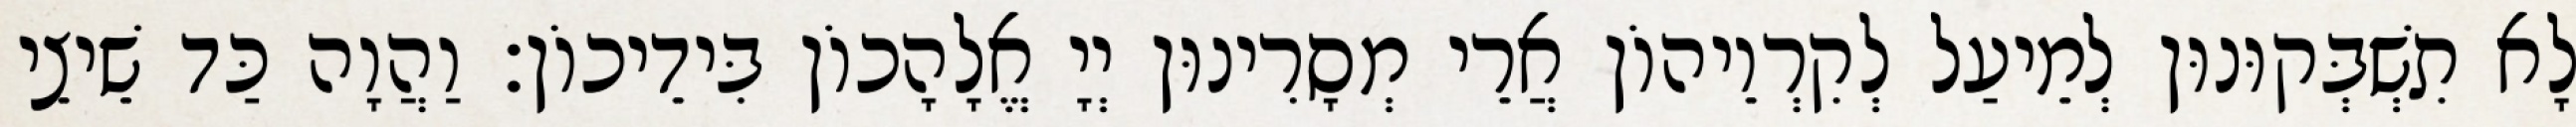
לָא תִשְׁבְּקוּנוּן לְמֵיעַל לְקִרְוֵיהוֹן אֲרֵי מְסָרִינוּן יְיָ אֱלָהָכוֹן בִּידֵיכוֹן׃ וַהֲוָה כַּד שֵׁיצֵי